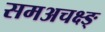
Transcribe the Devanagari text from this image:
समअचक्ष्ङ्